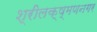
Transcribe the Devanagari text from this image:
श्रीलक्ष्मणनगर